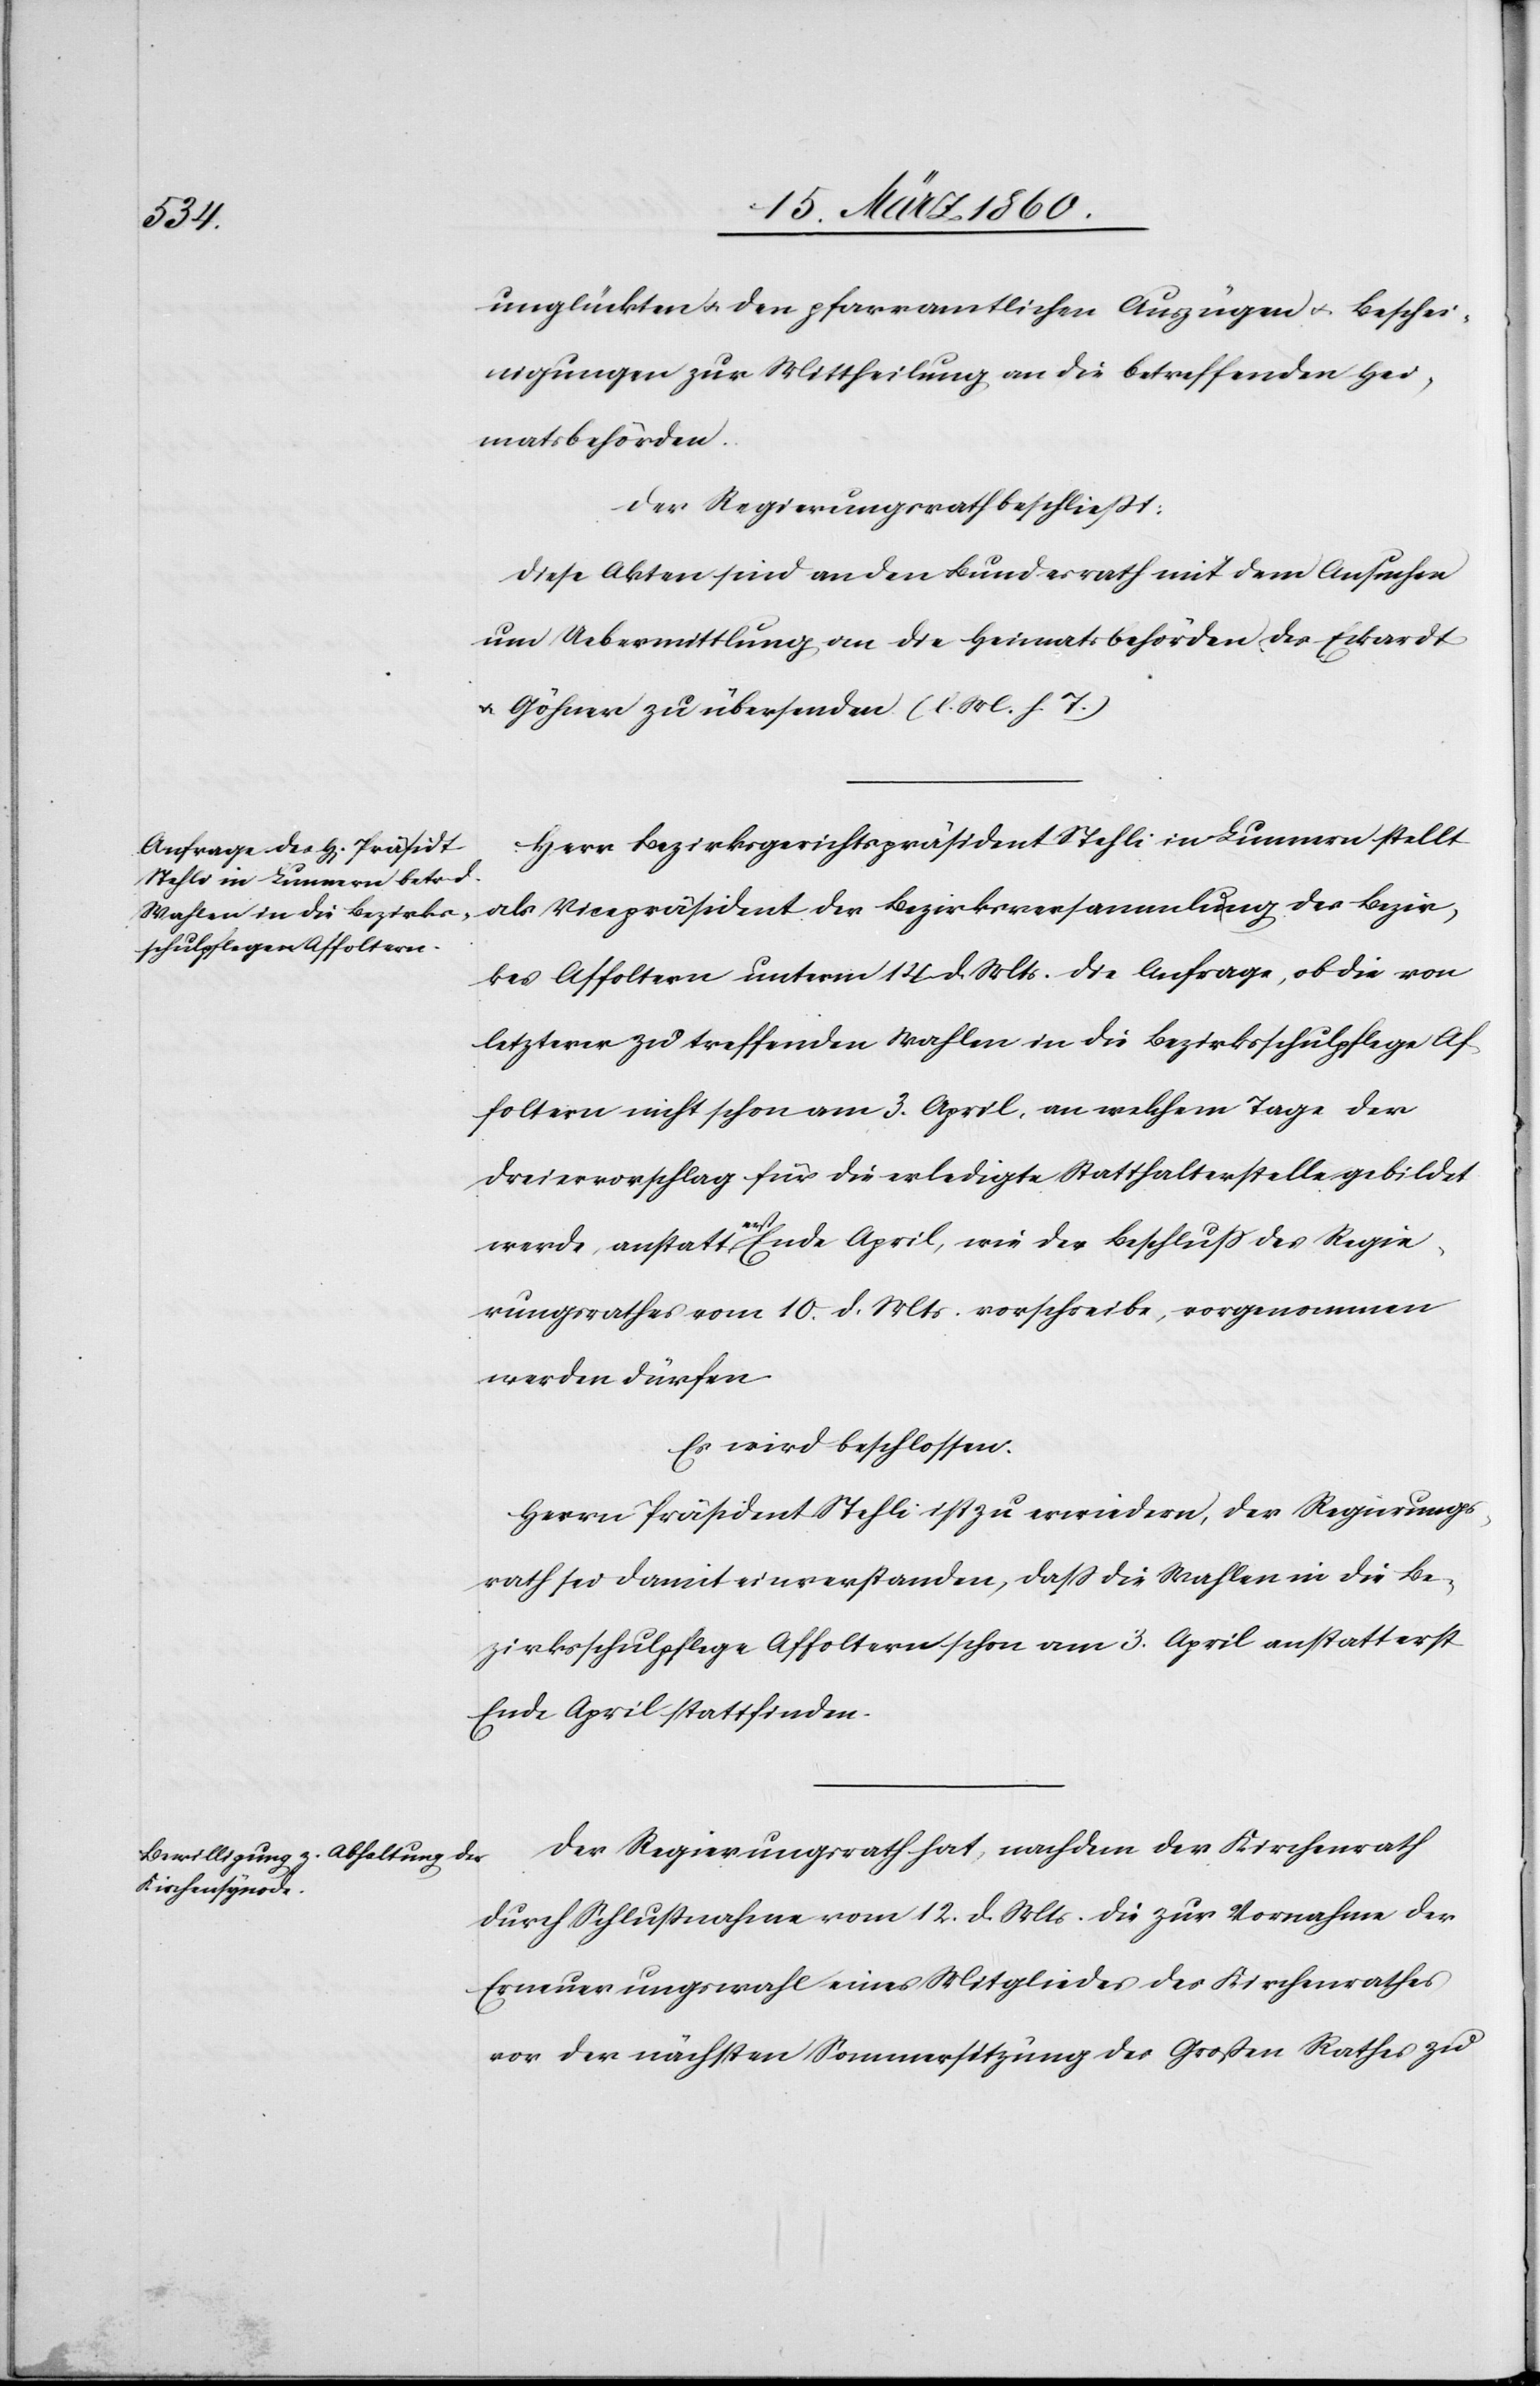
unglückten u. den pfarramtlichen Auszügen u. Beschei¬
nigungen zur Mittheilung an die betreffenden Hei¬
matsbehörden.
Der Regierungsrath beschliesst:
Diese Akten sind an den Bundesrath mit dem Ansuchen
um Uebermittlung an die Heimatsbehörden des Eckardt
u. Göhner zu übersenden. [l. M. v. T]
Herrn Bezirksgerichtspräsident Stehli in Lunnern stellt
als Vicepräsident der Bezirksversammlung des Bezir¬
kes Affoltern unterm 14. d. Mts. die Anfrage, ob die von
letzterer zu treffenden Wahlen in die Bezirksschulpflege Af¬
foltern nicht schon am 3. April, an welchem Tage der
Dreiervorschlag für die erledigte Statthalterstelle gebildet
werde, anstatt erst Ende April, wie der Beschluss des Regie¬
rungsrathes vom 10. d. Mts. vorschreibe, vorgenommen
werden dürfen.
Es wird beschlossen.
Herrn Präsident Stehli ist zu erwiedern, der Regierungs¬
rath sei damit einverstanden, dass die Wahlen in die Be¬
zirksschulpflege Affoltern schon am 3. April anstatt erst
Ende April stattfinden.
Der Regierungsrath hat, nachdem der Kirchenrath
durch Schlussnahme vom 12. d. Mts. die zur Vornahme der
Erneuerungswahl eines Mitgliedes des Kirchenrathes
vor der nächsten Sommersitzung des Grossen Rathes zu